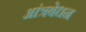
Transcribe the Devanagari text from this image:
आंत्रबेधन